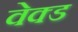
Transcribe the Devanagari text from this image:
वेक्ड